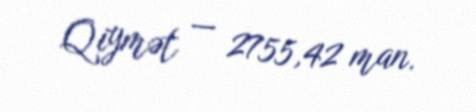
Qiymət — 2755,42 man.